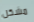
مشكل